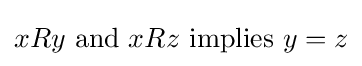
xRy{\text{ and }}xRz{\text{ implies }}y=z